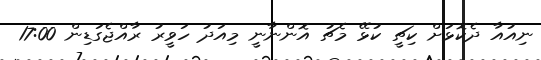
ނިއުއާ ދެކޮޅަށް ކިޗީ ކުޅޭ މެޗު އޮންނާނީ މިއަދު ހަވީރު ރާއްޖެގަޑިން 17:00